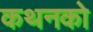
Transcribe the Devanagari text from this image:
कथनको